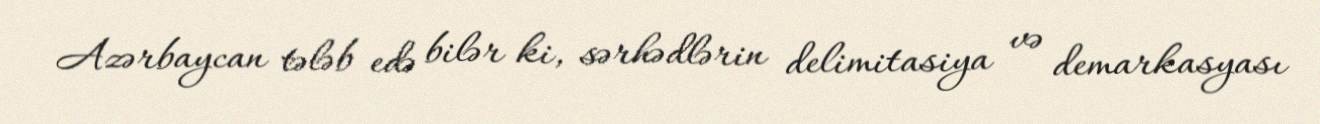
Azərbaycan tələb edə bilər ki, sərhədlərin delimitasiya və demarkasyası